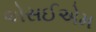
એસઈએમ